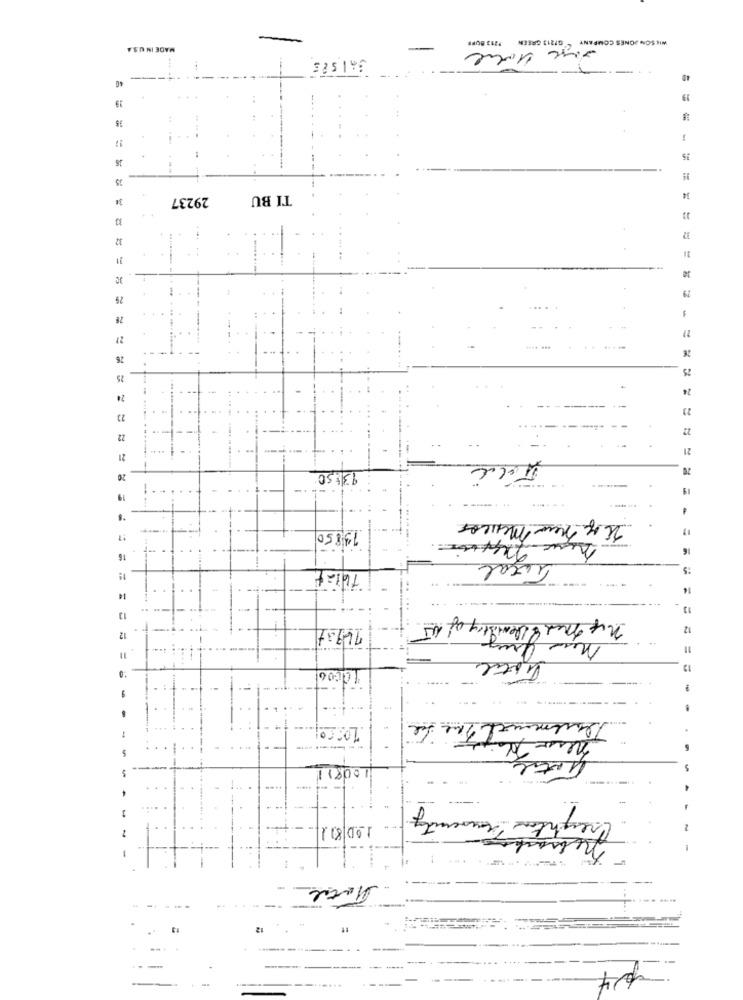
-
P213 BURE
WIE SON JONES COMPANY "GP212 GREEN
MADE IN U.S.A
-
3AISES
---
40
19
35
36
15
35
34
29237
TI BU
34
33
32
32
11
30
78
21
27
26
--.
25
24
23
23
22
22
21
21
20
20
13:50
19
-
Il a new mexicos
17
13,850
-
16
16
That
Total
:S
....
14
13
not med & Chemistry of i
12
12
11
--
--
-
100811
Cheughton Trouvercity
1
100811
-
-
13
12